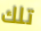
تلك